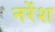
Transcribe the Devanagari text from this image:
नरेंश